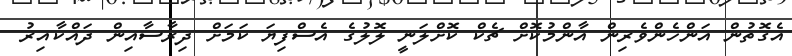
އެގޮތުން އަންހެންވެރިން އާންމުކޮށް ޗެކް ކޮށްލަނީ ލޮލުގެ އެސްފިޔަ ކަމަށް ދިރާސާއިން ދައްކާއިރު